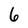
Character: 6